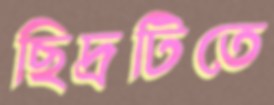
ছিদ্রটিতে